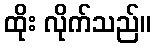
ထိုး လိုက်သည်။